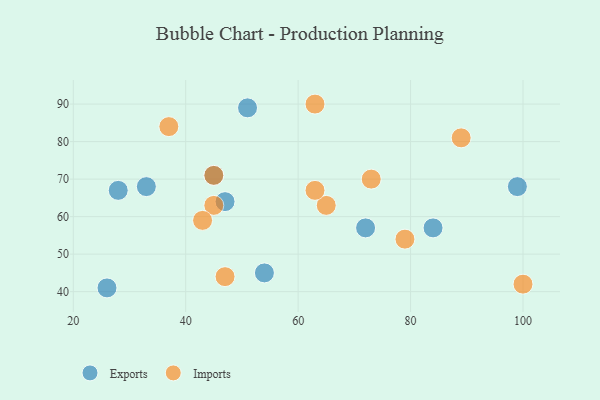
{"axis": {"x": "GDP", "y": "Life Expectancy"}, "legend": ["Exports", "Imports"], "data": [{"x": "33", "y": 68, "type": "Exports"}, {"x": "47", "y": 64, "type": "Exports"}, {"x": "54", "y": 45, "type": "Exports"}, {"x": "26", "y": 41, "type": "Exports"}, {"x": "28", "y": 67, "type": "Exports"}, {"x": "99", "y": 68, "type": "Exports"}, {"x": "45", "y": 71, "type": "Exports"}, {"x": "51", "y": 89, "type": "Exports"}, {"x": "72", "y": 57, "type": "Exports"}, {"x": "84", "y": 57, "type": "Exports"}, {"x": "45", "y": 63, "type": "Imports"}, {"x": "65", "y": 63, "type": "Imports"}, {"x": "37", "y": 84, "type": "Imports"}, {"x": "89", "y": 81, "type": "Imports"}, {"x": "43", "y": 59, "type": "Imports"}, {"x": "73", "y": 70, "type": "Imports"}, {"x": "79", "y": 54, "type": "Imports"}, {"x": "63", "y": 90, "type": "Imports"}, {"x": "63", "y": 67, "type": "Imports"}, {"x": "47", "y": 44, "type": "Imports"}, {"x": "45", "y": 71, "type": "Imports"}, {"x": "100", "y": 42, "type": "Imports"}]}